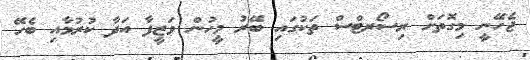
ޖެހޭނީ މިގޮތަށް ރިސޯރޓްސް ތަކުގައި ބޭރު މީހުން ވަޒީފާ އަދާ ކުރުމާއި ބެހޭ